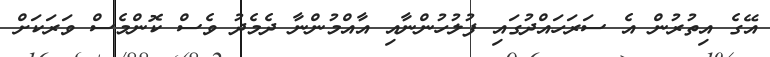
އޭގެ އިތުރުން އެ ސަރަހައްދުގައި ފުލުހުންނާއި އާއްމުންނާ ދެމެދު ވެސް ކޮންމެސް ވަރަކަށް